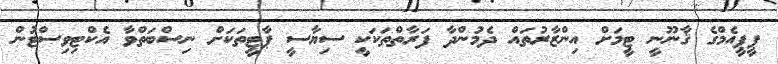
ޕީޕީއެމްގެ ޤާނޫނީ ޓީމަށް އިންޒާރުތައް ދެމުންދާ ފަރާތްތަކަކީ ސިޔާސީ ޕާޓީތަކަށް ނިސްބަތްވާ އެކްޓިވިސްޓުން